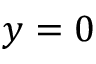
y = 0